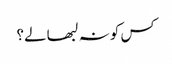
کس کو نہ لبھا لے؟